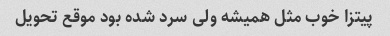
پیتزا خوب مثل همیشه ولی سرد شده بود موقع تحویل